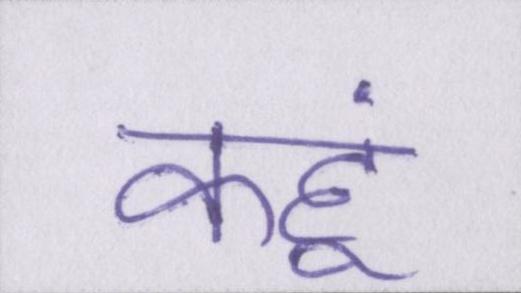
कहूं